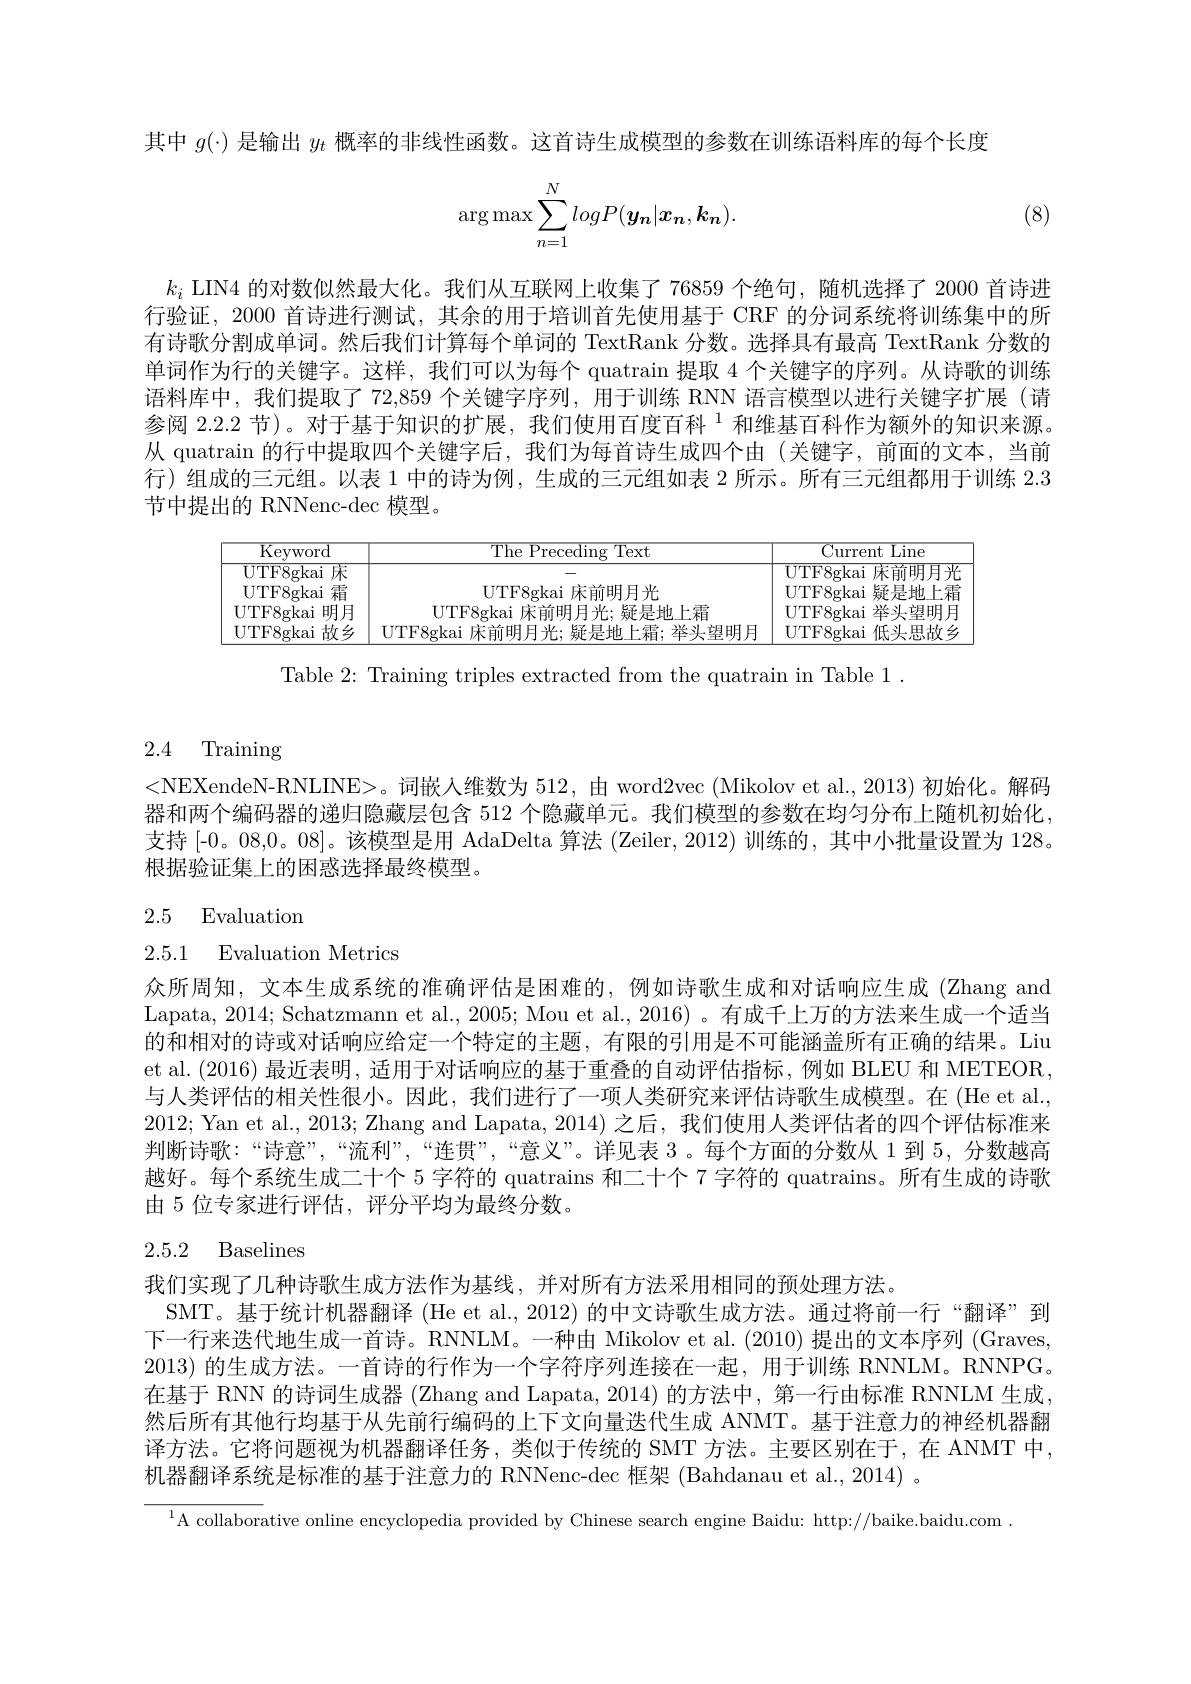
其中$g(\cdot)$是输出$y_t$概率的非线性函数。这首诗生成模型的参数在训练语料库的每个长度
$$\arg\max\sum_{n=1}^NlogP(y_n|x_n,k_n).$$
(8)

$k_i$ LIN4 的对数似然最大化。我们从互联网上收集了 76859 个绝句，随机选择了 2000 首诗进行验证，2000 首诗进行测试，其余的用于培训首先使用基于 CRF 的分词系统将训练集中的所有诗歌分割成单词。然后我们计算每个单词的 TextRank 分数。选择具有最高 TextRank 分数的单词作为行的关键字。这样，我们可以为每个 quatrain 提取 4 个关键字的序列。从诗歌的训练语料库中，我们提取了 72,859 个关键字序列，用于训练 RNN 语言模型以进行关键字扩展 (请参阅 2.2.2 节)。对于基于知识的扩展，我们使用百度百科$^{1}$ 和维基百科作为额外的知识来源。从 quatrain 的行中提取四个关键字后，我们为每首诗生成四个由(关键字，前面的文本，当前行)组成的三元组。以表 1 中的诗为例，生成的三元组如表 2 所示。所有三元组都用于训练2.3节中提出的 RNNenc-dec 模型。

<FigureHere>

Table 2: Training triples extracted from the quatrain in Table 1 .

# 2.4 Training

<NEXendeN-RNLINE>。词嵌人维数为 512, 由 word2vec (Mikolov et al., 2013) 初始化。解码器和两个编码器的递归隐藏层包含 512 个隐藏单元。我们模型的参数在均匀分布上随机初始化支持 [-0。08,0。08]。该模型是用 AdaDelta 算法 (Zeiler, 2012) 训练的 , 其中小批量设置为 128。根据验证集上的困惑选择最终模型。

# 2.5 Evaluation

2.5.1 Evaluation Metrics

众所周知，文本生成系统的准确评估是困难的，例如诗歌生成和对话响应生成 (Zhang and Lapata, 2014; Schatzmann et al., 2005; Mou et al., 2016) 。有成千上万的方法来生成一个适当的和相对的诗或对话响应给定一个特定的主题 , 有限的引用是不可能涵盖所有正确的结果。Liu et al. (2016) 最近表明，适用于对话响应的基于重叠的自动评估指标，例如 BLEU 和 METEOR, 与人类评估的相关性很小。因此，我们进行了一项人类研究来评估诗歌生成模型。在 (He et al., 2012; Yan et al., 2013; Zhang and Lapata, 2014)之后，我们使用人类评估者的四个评估标准来判断诗歌：“诗意”,“流利”,“连贯”,“意义”。详见表 3。每个方面的分数从 1 到 5, 分数越高越好。每个系统生成二十个 5 字符的 quatrains 和二十个 7 字符的 quatrains。所有生成的诗歌由 5 位专家进行评估，评分平均为最终分数。

# 2.5.2 Baselines

我们实现了几种诗歌生成方法作为基线，并对所有方法采用相同的预处理方法。
SMT。基于统计机器翻译 (He et al., 2012) 的中文诗歌生成方法。通过将前一行“翻译”到下一行来迭代地生成一首诗。RNNLM。一种由 Mikolov et al. (2010) 提出的文本序列 (Graves, 2013) 的生成方法。一首诗的行作为一个字符序列连接在一起，用于训练 RNNLM。RNNPG。在基于 RNN 的诗词生成器 (Zhang and Lapata, 2014) 的方法中，第一行由标准 RNNLM 生成， 然后所有其他行均基于从先前行编码的上下文向量迭代生成 ANMT。基于注意力的神经机器翻译方法。它将问题视为机器翻译任务，类似于传统的 SMT 方法。主要区别在于，在 ANMT 中， 机器翻译系统是标准的基于注意力的 RNNenc-dec 框架 (Bahdanau et al., 2014) 。

$^{1}$A collaborative online encyclopedia provided by Chinese search engine Baidu: http://baike.baidu.com